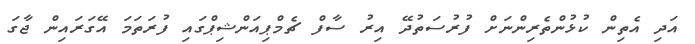
އަދި އެތިން ކުޅުންތެރިންނަށް ފުރުސަތުދޭ އިރު ސާފް ޗެމްޕިއަންޝިޕްގައި ފުރަތަމަ އޭގަރައިން ޖާގަ